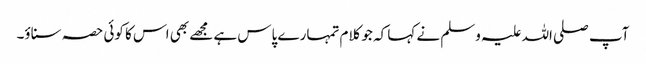
آپ صلی اللہ علیہ وسلم نے کہا کہ جو کلام تمہارے پاس ہے مجھے بھی اس کا کوئی حصہ سناؤ۔